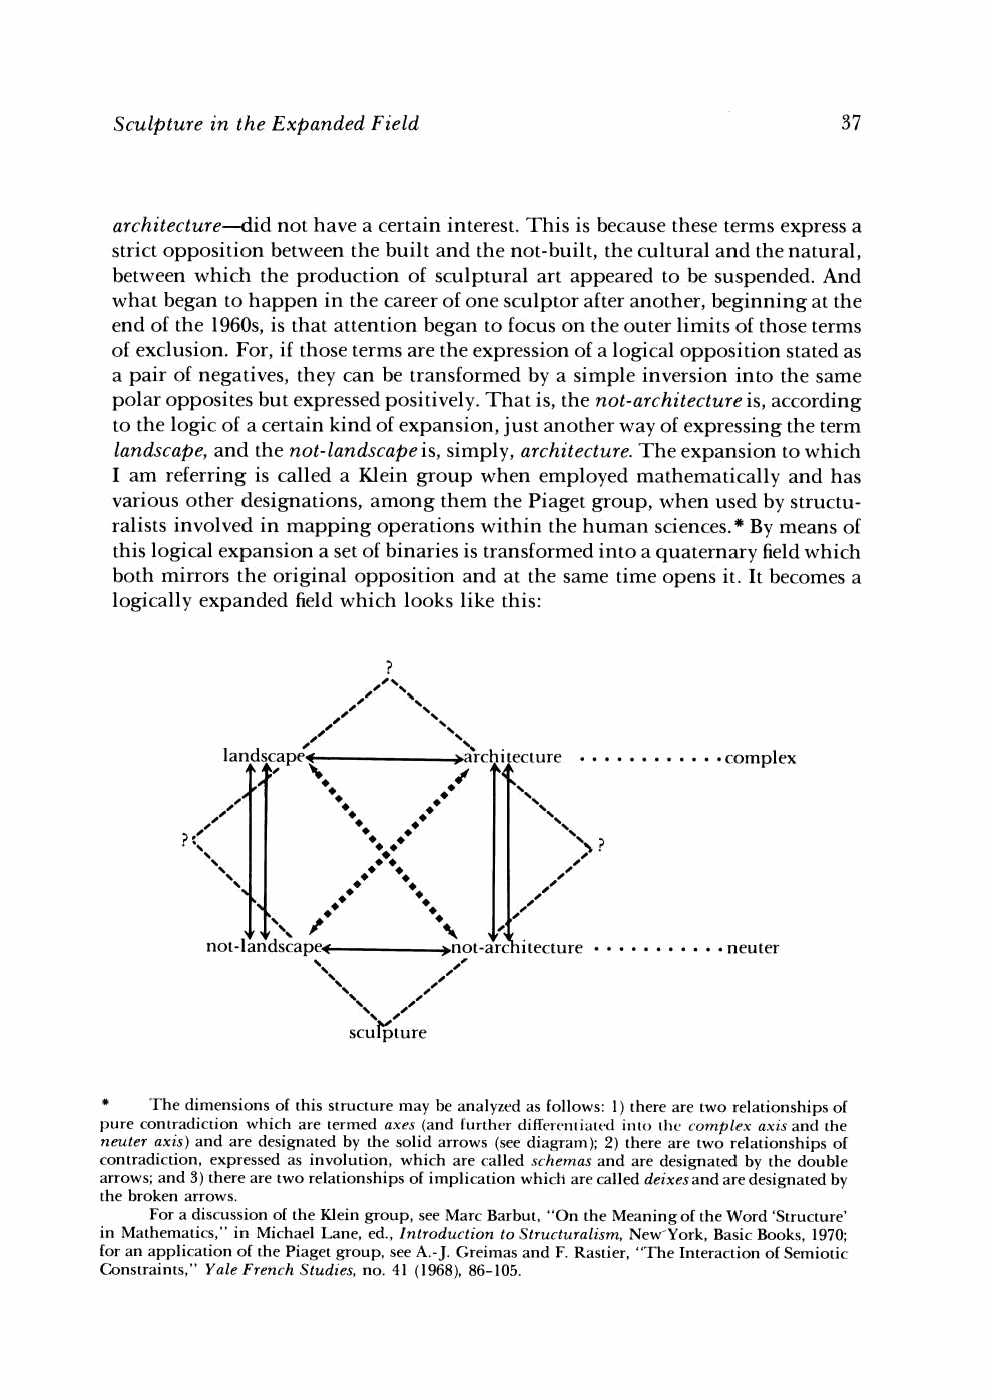
Sculpture in the Expanded Field
 architecture--did not have a certain interest. This is because these terms express a
 strict opposition between the built and the not-built, the cultural and the natural,
 between which the production of sculptural art appeared to be suspended. And
 what began to happen in the career of one sculptor after another, beginning at the
 end of the 1960s, is that attention began to focus on the outer limits of those terms
 of exclusion. For, if those terms are the expression of a logical opposition stated as
 a pair of negatives, they can be transformed by a simple inversion into the same
 polar opposites but expressed positively. That is, the not-architecture is, according
 to the logic of a certain kind of expansion, just another way of expressing the term
 landscape, and the not-landscape is, simply, architecture. The expansion to which
 I am referring is called a Klein group when employed mathematically and has
 various other designations, among them the Piaget group, when used by structu-
 ralists involved in mapping operations within the human sciences.* By means of
 this logical expansion a set of binaries is transformed into a quaternary field which
 both mirrors the original opposition and at the same time opens it. It becomes a
 logically expanded field which looks like this:
 *
 The dimensions of this structure may be analyzed as follows: 1) there are two relationships of
 pure contradiction which are termed aves (and lurthvr cliffrrvxltiatrd ixlto the tomplex ax15 and the
 neuter axis) and are designated by the solid arrows (see diagram); 2) there are two relationships of
 contradiction, expressed as involution, which are called ~chemasa nd are designated by the double
 arrows; and 3) there are two relationships of implication which art. called deixesand are designated by
 the broken arrows.
 For a discussion of the Klein group, see Marc Barbut, "On the Meaning of the Word 'Structure'
 in Mathematics," in Michael Lane, ed., Introduction to Str~tct~tralismN,e w York, Basic Books, 1970;
 for an application of the Piaget group, see A.- J. Greimas and F. Rastier, "The Interaction of Semiotic
 Constraints," Yale French Studtes, no. 41 (1968), 86-105.